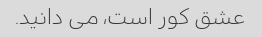
عشق کور است، می دانید.